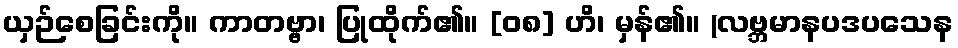
ယှဉ်စေခြင်းကို။ ကာတဗ္ဗာ၊ ပြုထိုက်၏။ [၀၈] ဟိ၊ မှန်၏။ (လဗ္ဘမာနပဒပသေန